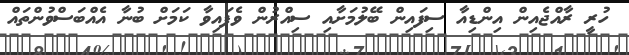
ހުރީ ރާއްޖެއިން އިންޑިއާ ސިފައިން ބޭލުމަށާއި ސިއްރުން ވެފައިވާ ކަމަށް ބުނާ އެއްބަސްވުންތައް